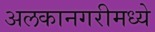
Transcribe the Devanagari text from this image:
अलकानगरीमध्ये